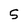
Character: 5